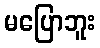
မပြောဘူး